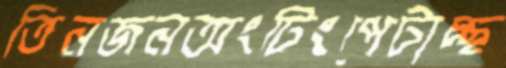
তিনজনঅংটিংপেটাচ্ছ